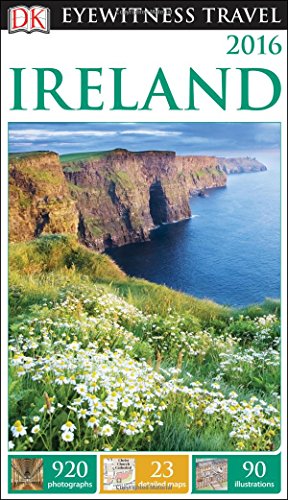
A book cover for DK Eyewitness Travel Guide: Ireland; DK Publishing; Travel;